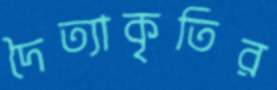
দৈত্যাকৃতির